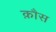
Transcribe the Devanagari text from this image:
क़ौस